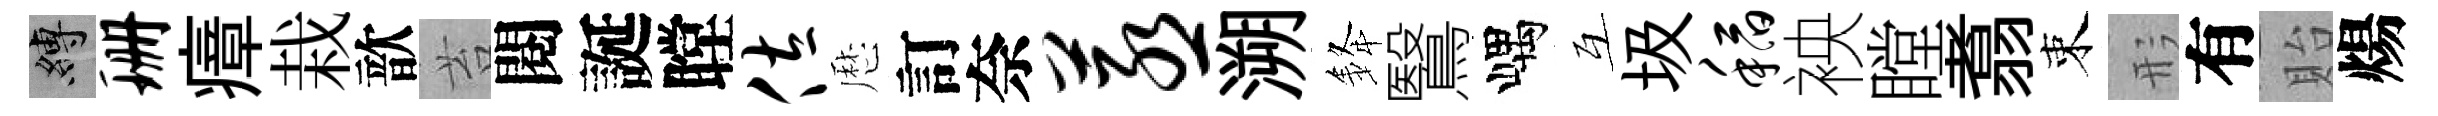
縛珊瘴栽歆苔閱誕瞠佐厯訂奈蒸溯𨦟鷖嵎互圾稻䘧瞠翥束形有貽煬